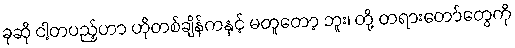
ခုဆို ငါ့တပည့်ဟာ ဟိုတစ်ချိန်ကနှင့် မတူတော့ ဘူး၊ တို့ တရားတော်တွေကို